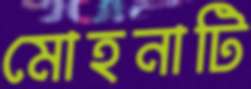
মোহনাটি